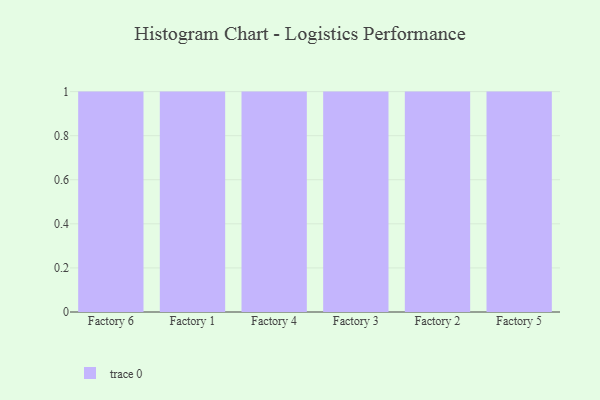
{"axis": {"x": "Factory", "y": "Gross Profit (USD K)"}, "legend": [""], "data": [{"x": "Factory 6", "y": 48, "type": ""}, {"x": "Factory 1", "y": 43, "type": ""}, {"x": "Factory 4", "y": 73, "type": ""}, {"x": "Factory 3", "y": 51, "type": ""}, {"x": "Factory 2", "y": 80, "type": ""}, {"x": "Factory 5", "y": 25, "type": ""}]}